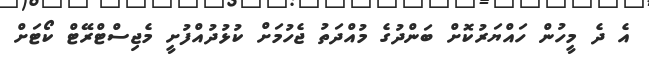
އެ ދެ މީހުން ހައްޔަރުކޮށް ބަންދުގެ މުއްދަތު ޖެހުމަށް ކުޅުދުއްފުށީ މެޖިސްޓްރޭޓް ކޯޓަށް